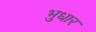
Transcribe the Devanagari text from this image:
भुधार